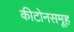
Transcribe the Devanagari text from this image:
कीटोनसमूह